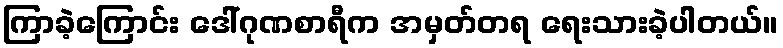
ကြာခဲ့ကြောင်း ဒေါ်ဂုဏစာရီက အမှတ်တရ ရေးသားခဲ့ပါတယ်။